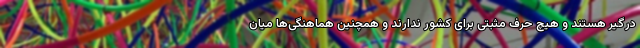
درگیر هستند و هیچ حرف مثبتی برای کشور ندارند و همچنین هماهنگی‌ها میان